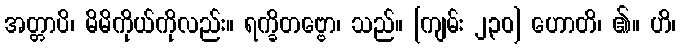
အတ္တာပိ၊ မိမိကိုယ်ကိုလည်း။ ရက္ခိတဗ္ဗော၊ သည်။ [ကျမ်း ၂၃၀] ဟောတိ၊ ၏။ ဟိ၊